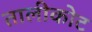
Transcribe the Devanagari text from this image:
तालीकोट